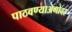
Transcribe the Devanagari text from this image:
पाठवण्याअगोदर